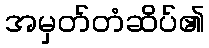
အမှတ်တံဆိပ်၏